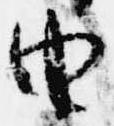
由